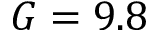
G = 9 . 8